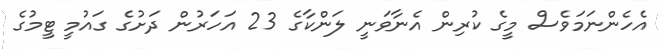
އެހެންނަމަވެސް މީގެ ކުރިން އެނާވަނީ ލަންކާގެ 23 އަހަރުން ދަށުގެ ގައުމީ ޓީމުގެ